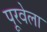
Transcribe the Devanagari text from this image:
पूरवेला